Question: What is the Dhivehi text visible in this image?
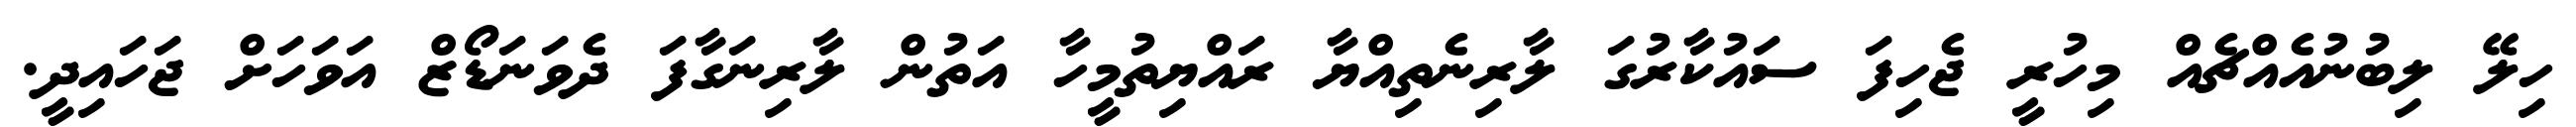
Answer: ހިލޭ ލިބުނުއެއްޗެއް މިހުރީ ޖެހިފަ ސައުކާރުގަ ލާރިނެތިއްޔާ ރައްޔިތުމީހާ އަތުން ލާރިނަގާފަ ދެވަނަޑޯޒް އަވަހަށް ޖަހައިދީ.